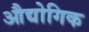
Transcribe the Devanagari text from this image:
औद्योगिक